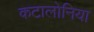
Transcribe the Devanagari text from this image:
कटालोनिया